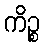
ကိဉ္စ